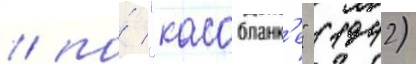
/ по́ "касабланк'е" (1942)